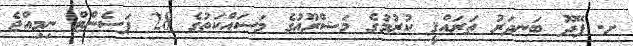
ށ. ފޭދޫ ބަނދަރު ތަރައްޤީ ކުރުމުގެ މަޝްރޫޢުގެ މަސައްކަތުގެ 28 ޕަސެންޓް ނިމިއްޖެ